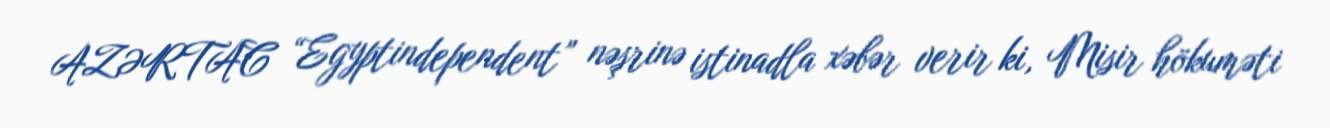
AZƏRTAC “Egyptindependent” nəşrinə istinadla xəbər verir ki, Misir hökuməti